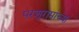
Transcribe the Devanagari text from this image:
परशुरामांच्या